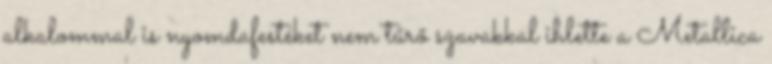
alkalommal is nyomdafestéket nem tűrő szavakkal ihlette a Metallica